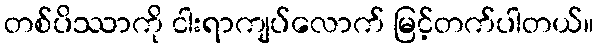
တစ်ပိဿာကို ငါးရာကျပ်လောက် မြင့်တက်ပါတယ်။